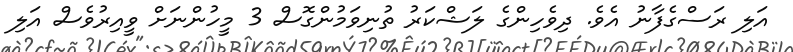
އަލި ރަސްގެފާނު އެވެ. ދިވެހިންގެ ލަޝްކަރު ތުނިވަމުންގޮސް 3 މީހުންނަށް ވީއިރުވެސް އަލި